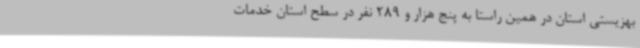
بهزیستی استان در همین راستا به پنج هزار و 289 نفر در سطح استان خدمات